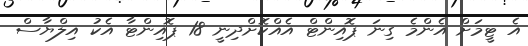
އެ ޓީމަށް އެންމެ ގިނަ ޕޮއިންޓް އެއްކޮށްދިނީ 18 ޕޮއިންޓާ އެކު އިލްޔާސް